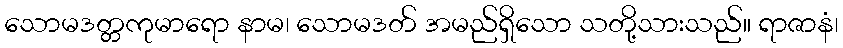
သောမဒတ္တကုမာရော နာမ၊ သောမဒတ် အမည်ရှိသော သတို့သားသည်။ ရာဇာနံ၊